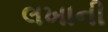
લખાની